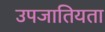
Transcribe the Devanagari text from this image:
उपजातियता